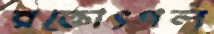
রক্তোৎপল